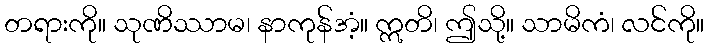
တရားကို။ သုဏိဿာမ၊ နာကုန်အံ့။ ဣတိ၊ ဤသို့။ သာမိကံ၊ လင်ကို။